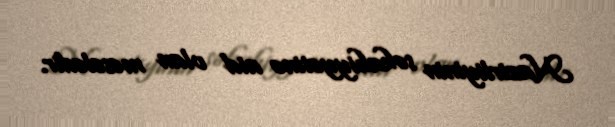
Nazirliyinin səkahiyyətinə aid olan məsələdir.